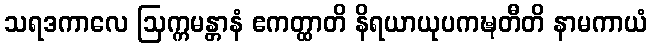
သရဒကာလေ ဩက္ကမန္တာနံ ဧကတ္ထာတိ နိရယာယုပကဍ္ဎတီတိ နာမကာယံ